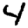
Digit: 4